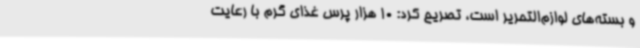
و بسته‌های لوازم‌التحریر است، تصریح کرد: 10 هزار پرس غذای گرم با رعایت